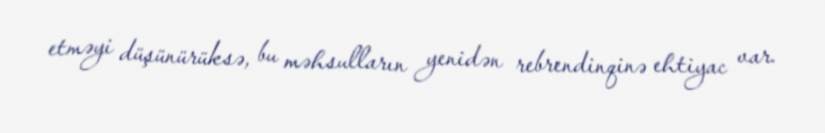
etməyi düşünürüksə, bu məhsulların yenidən rebrendinqinə ehtiyac var.